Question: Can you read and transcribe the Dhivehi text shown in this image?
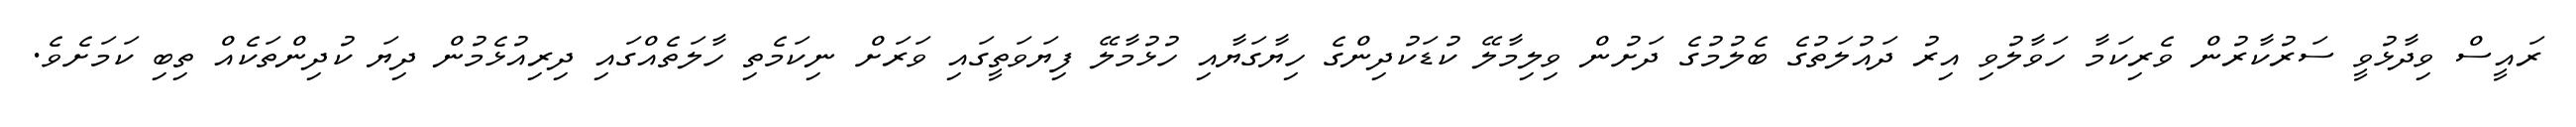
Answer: ރައީސް ވިދާޅުވީ ސަރުކާރުން ވެރިކަމާ ހަވާލުވި އިރު ދައުލަތުގެ ބެލުމުގެ ދަށުން ވިލިމާލޭ ކުޑަކުދިންގެ ހިޔާގަޔާއި ހުޅުމާލޭ ފިޔަވަތީގައި ވަރަށް ނިކަމެތި ހާލަތެއްގައި ދިރިއުޅެމުން ދިޔަ ކުދިންތަކެއް ތިބި ކަމަށެވެ.